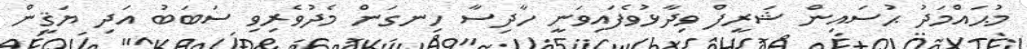
މުޙައްމަދު ޙުސައިން ޝަރީފް ވިދާޅުވެފައިިވަނީ ހާދިސާ ހިނގަން މެދުވެރިވި ސަބަބު އަދި ޔަޤީން